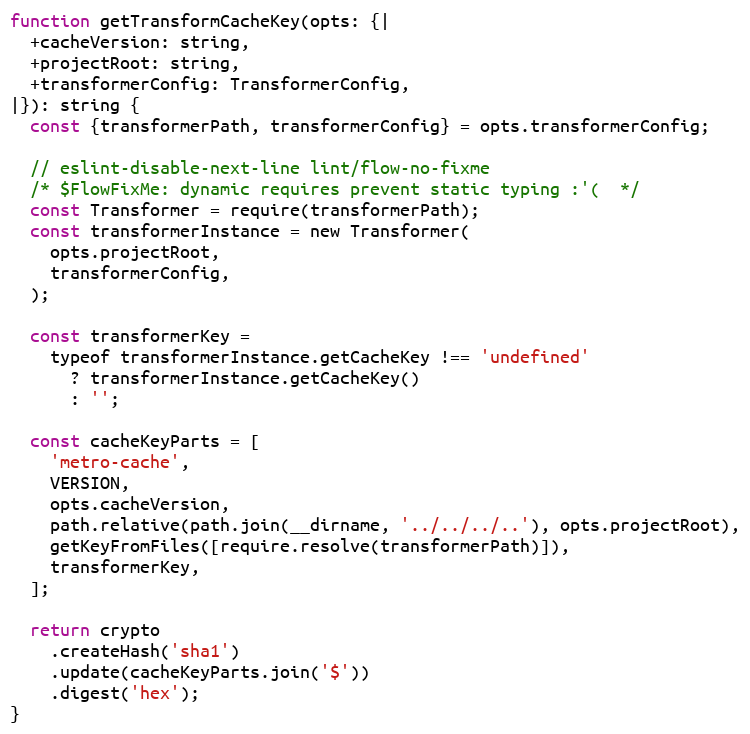
Language: JavaScript
function getTransformCacheKey(opts: {|
  +cacheVersion: string,
  +projectRoot: string,
  +transformerConfig: TransformerConfig,
|}): string {
  const {transformerPath, transformerConfig} = opts.transformerConfig;

  // eslint-disable-next-line lint/flow-no-fixme
  /* $FlowFixMe: dynamic requires prevent static typing :'(  */
  const Transformer = require(transformerPath);
  const transformerInstance = new Transformer(
    opts.projectRoot,
    transformerConfig,
  );

  const transformerKey =
    typeof transformerInstance.getCacheKey !== 'undefined'
      ? transformerInstance.getCacheKey()
      : '';

  const cacheKeyParts = [
    'metro-cache',
    VERSION,
    opts.cacheVersion,
    path.relative(path.join(__dirname, '../../../..'), opts.projectRoot),
    getKeyFromFiles([require.resolve(transformerPath)]),
    transformerKey,
  ];

  return crypto
    .createHash('sha1')
    .update(cacheKeyParts.join('$'))
    .digest('hex');
}